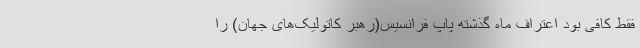
فقط کافی بود اعتراف ماه گذشته پاپ فرانسیس(رهبر کاتولیک‌های جهان) را